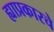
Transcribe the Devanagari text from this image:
ह्याप्रकारचे